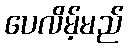
ပေလိမ့်မည်